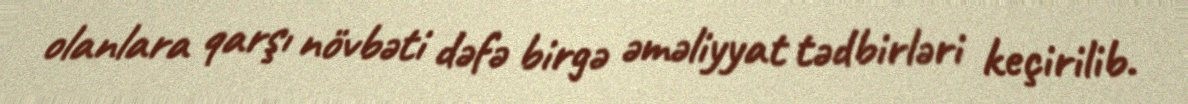
olanlara qarşı növbəti dəfə birgə əməliyyat tədbirləri keçirilib.